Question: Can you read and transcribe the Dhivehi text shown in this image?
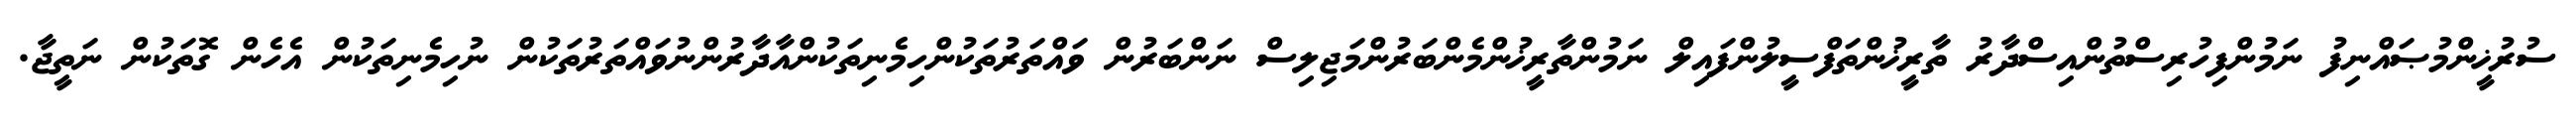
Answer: ސުރުޚީންމުޞައްނިފު ނަމުންފިހުރިސްތުންއިސްދާރު ތާރީޚުންތަފްސީލުންފައިލް ނަމުންތާރީޚުންމެންބަރުންމަޖިލިސް ނަންބަރުން ވައްތަރުތަކުންހިމެނިތަކުންއާދާރުންނުވައްތަރުތަކުން ނުހިމެނިތަކުން އެހެން ގޮތަކުން ނަތީޖާ.